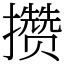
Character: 攒